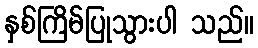
နှစ်ကြိမ်ပြုသွားပါ သည်။